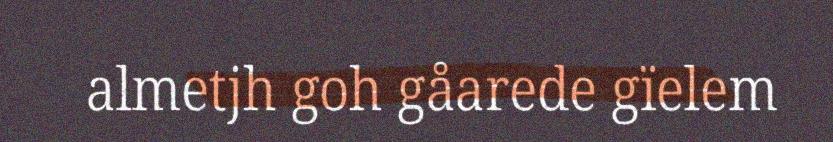
almetjh goh gåarede gïelem